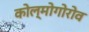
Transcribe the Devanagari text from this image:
कोल्मोगोरोव